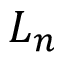
L _ { n }